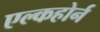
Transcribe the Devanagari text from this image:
एल्कहोर्न